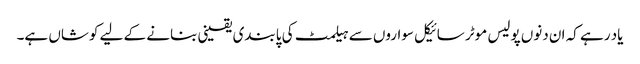
یاد رہے کہ ان دنوں پولیس موٹر سائیکل سواروں سے ہیلمٹ کی پابندی یقینی بنانے کے لیے کوشاں ہے۔